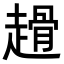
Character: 𧽌